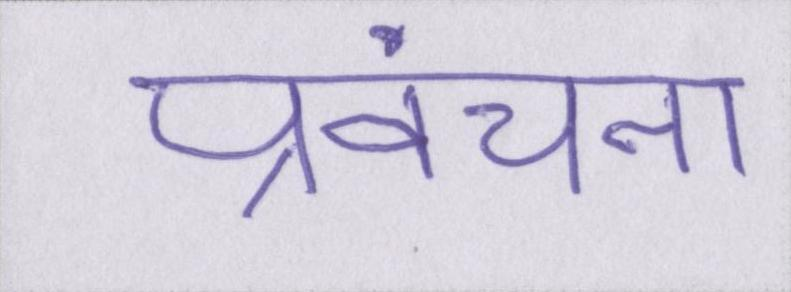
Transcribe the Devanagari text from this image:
प्रवंचना